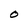
Character: 0